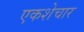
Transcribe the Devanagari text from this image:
एकशेचार